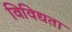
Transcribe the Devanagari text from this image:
विविद्यता